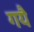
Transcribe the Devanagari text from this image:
गयै